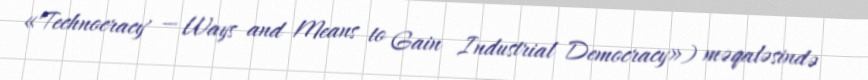
«'Technocracy' — Ways and Means to Gain Industrial Democracy») məqaləsində